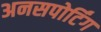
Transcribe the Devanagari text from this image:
अनसपोर्टिंग